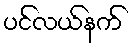
ပင်လယ်နက်